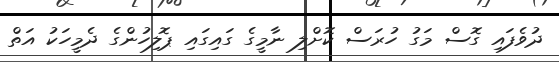
ދުވެފައި ގޮސް މަގު ހުރަސް ކޮށްލި ނާމީގެ ގައިގައި ޕޮލިހުންގެ ދެމީހަކު އަތް